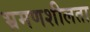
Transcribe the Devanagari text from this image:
भ्रमणशीलता